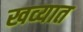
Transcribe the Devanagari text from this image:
खव्यात